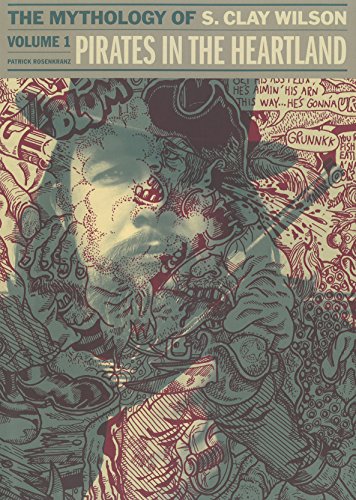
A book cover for Pirates In The Heartland: The Mythology Of S. Clay Wilson Vol. 1; S. Clay Wilson; Comics & Graphic Novels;